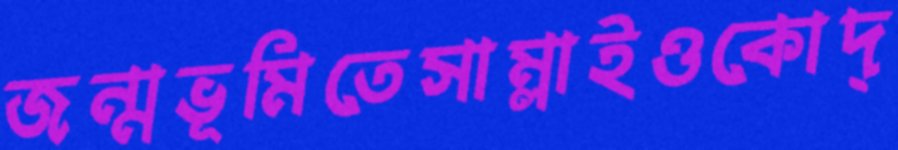
জন্মভূমিতেসাম্‌লাইওকোদ্